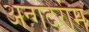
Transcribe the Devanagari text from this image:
अन्गदेराम